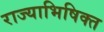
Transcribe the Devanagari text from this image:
राज्याभिषिक्त